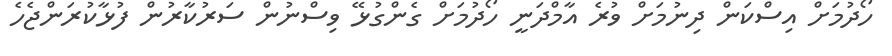
ހޯދުމަށް އިސްކަން ދިނުމަށް ވުރެ އާމްދަނީ ހޯދުމަށް ގެންގުޅޭ ވިސްނުން ސަރުކާރުން ފުޅާކުރަންޖެހެ